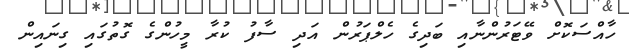
ހާއްސަކޮށް ވޭޓަރުންނާއި ބަދިގެ ހެލްޕަރުން އަދި ސާފު ކުރާ މީހުންގެ ގޮތުގައި ގިނައިން